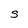
Character: S